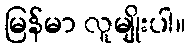
မြန်မာ လူမျိုးပါ။